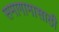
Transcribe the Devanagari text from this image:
समागामासाठी